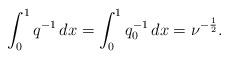
LaTeX: \begin{align*} \int_0^1{q^{-1} \,dx} = \int_0^1{q^{-1}_0 \,dx}=\nu^{-\frac{1}{2}}.\end{align*}